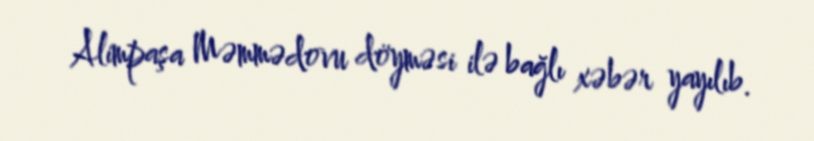
Alimpaşa Məmmədovu döyməsi ilə bağlı xəbər yayılıb.